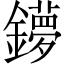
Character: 𨮒